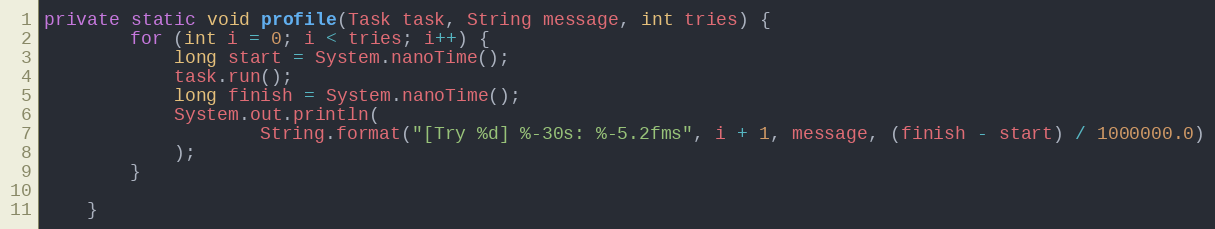
Language: Java
private static void profile(Task task, String message, int tries) {
        for (int i = 0; i < tries; i++) {
            long start = System.nanoTime();
            task.run();
            long finish = System.nanoTime();
            System.out.println(
                    String.format("[Try %d] %-30s: %-5.2fms", i + 1, message, (finish - start) / 1000000.0)
            );
        }

    }